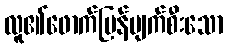
လူ၏ဖောက်ပြန်ပျက်စီးသော